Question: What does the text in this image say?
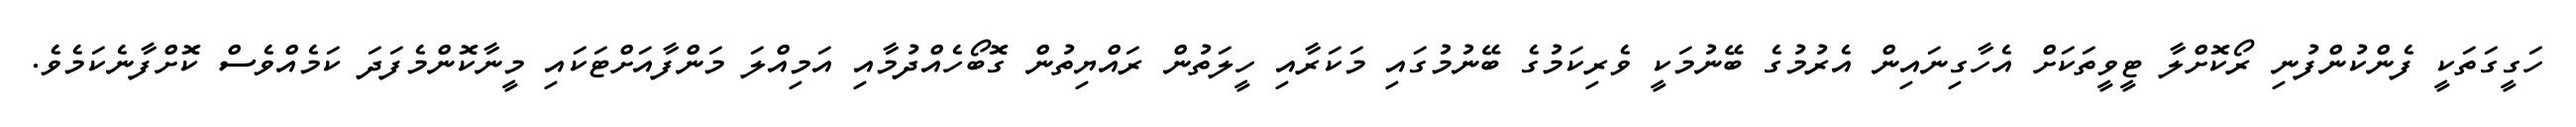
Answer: ހަގީގަތަކީ ފެންކުންފުނި ރޯކޮށްލާ ޓީވީތަކަށް އެހާގިނައިން އެރުމުގެ ބޭނުމަކީ ވެރިކަމުގެ ބޭނުމުގައި މަކަރާއި ހީލަތުން ރައްޔިތުން ގޮބޯހެއްދުމާއި އަމިއްލަ މަންފާއަށްޓަކައި މީނާކޮންމެފަދަ ކަމެއްވެސް ކޮށްފާނެކަމެވެ.